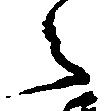
々